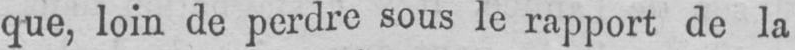
que, loin de perdre sous le rapport de la